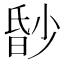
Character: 𬁀